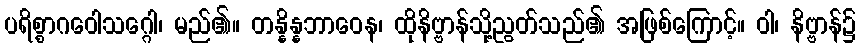
ပရိစ္စာဂဝေါသဂ္ဂေါ၊ မည်၏။ တန္နိန္နဘာဝေန၊ ထိုနိဗ္ဗာန်သို့ညွတ်သည်၏ အဖြစ်ကြောင့်။ ဝါ၊ နိဗ္ဗာန်၌